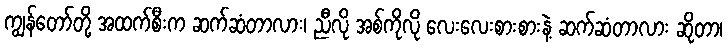
ကျွန်တော်တို့ အထက်စီးက ဆက်ဆံတာလား၊ ညီလို အစ်ကိုလို လေးလေးစားစားနဲ့ ဆက်ဆံတာလား ဆိုတာ၊